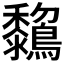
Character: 𪇺